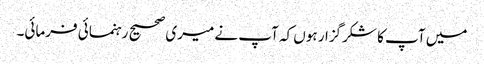
میں آپ کا شکرگزار ہوں کہ آپ نے میری صحیح رہنمائی فرمائی۔